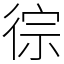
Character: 徖